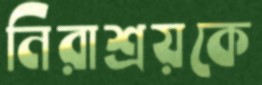
নিরাশ্রয়কে